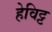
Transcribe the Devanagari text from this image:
हेविट्ट